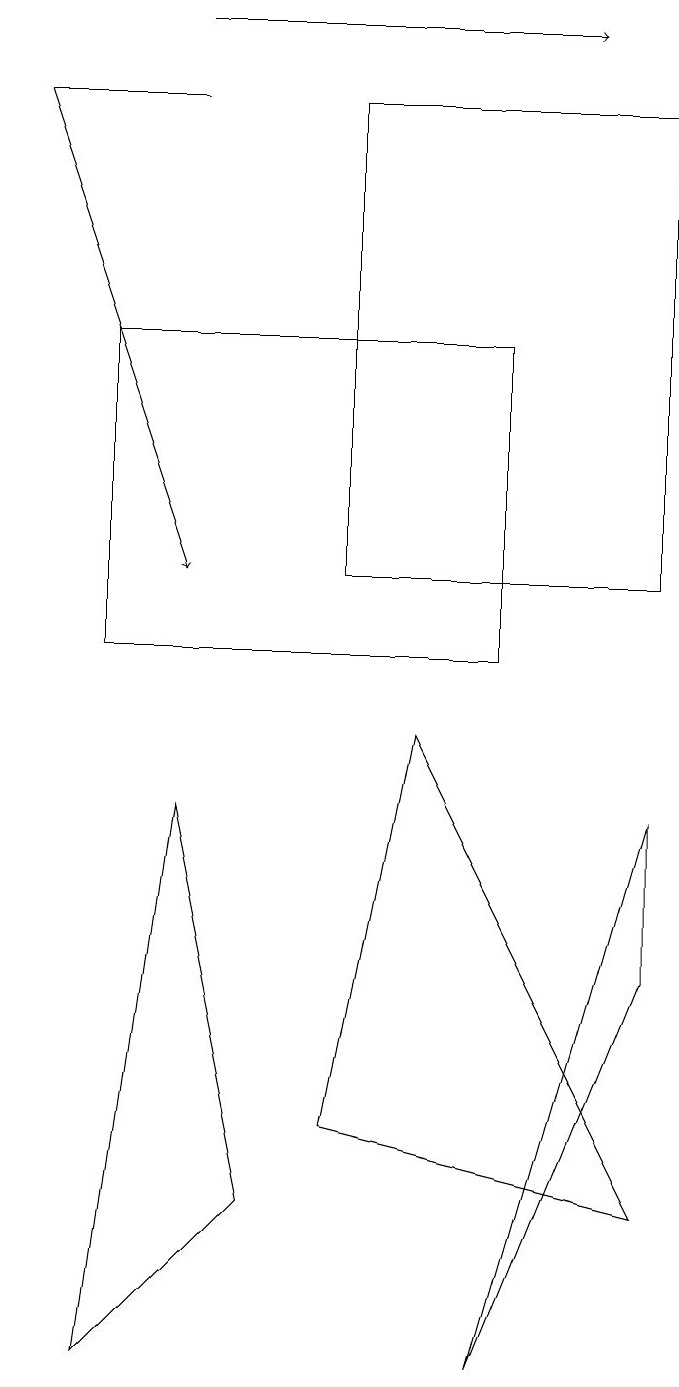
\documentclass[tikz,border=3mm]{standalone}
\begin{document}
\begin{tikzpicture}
\draw (4,17) rectangle (8,11);
\draw (4,4) -- (8,3) -- (5,9) -- cycle;
\draw[->] (0,17) -- (2,11);
\draw (3,3) -- (2,8) -- (1,1) -- cycle;
\draw[->] (2,18) -- (7,18);
\draw (1,14) rectangle (6,10);
\draw (0,17) rectangle (2,17);
\draw (8,8) -- (6,1) -- (8,6) -- cycle;
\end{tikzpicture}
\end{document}